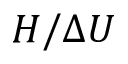
H / \Delta U